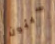
سيئون